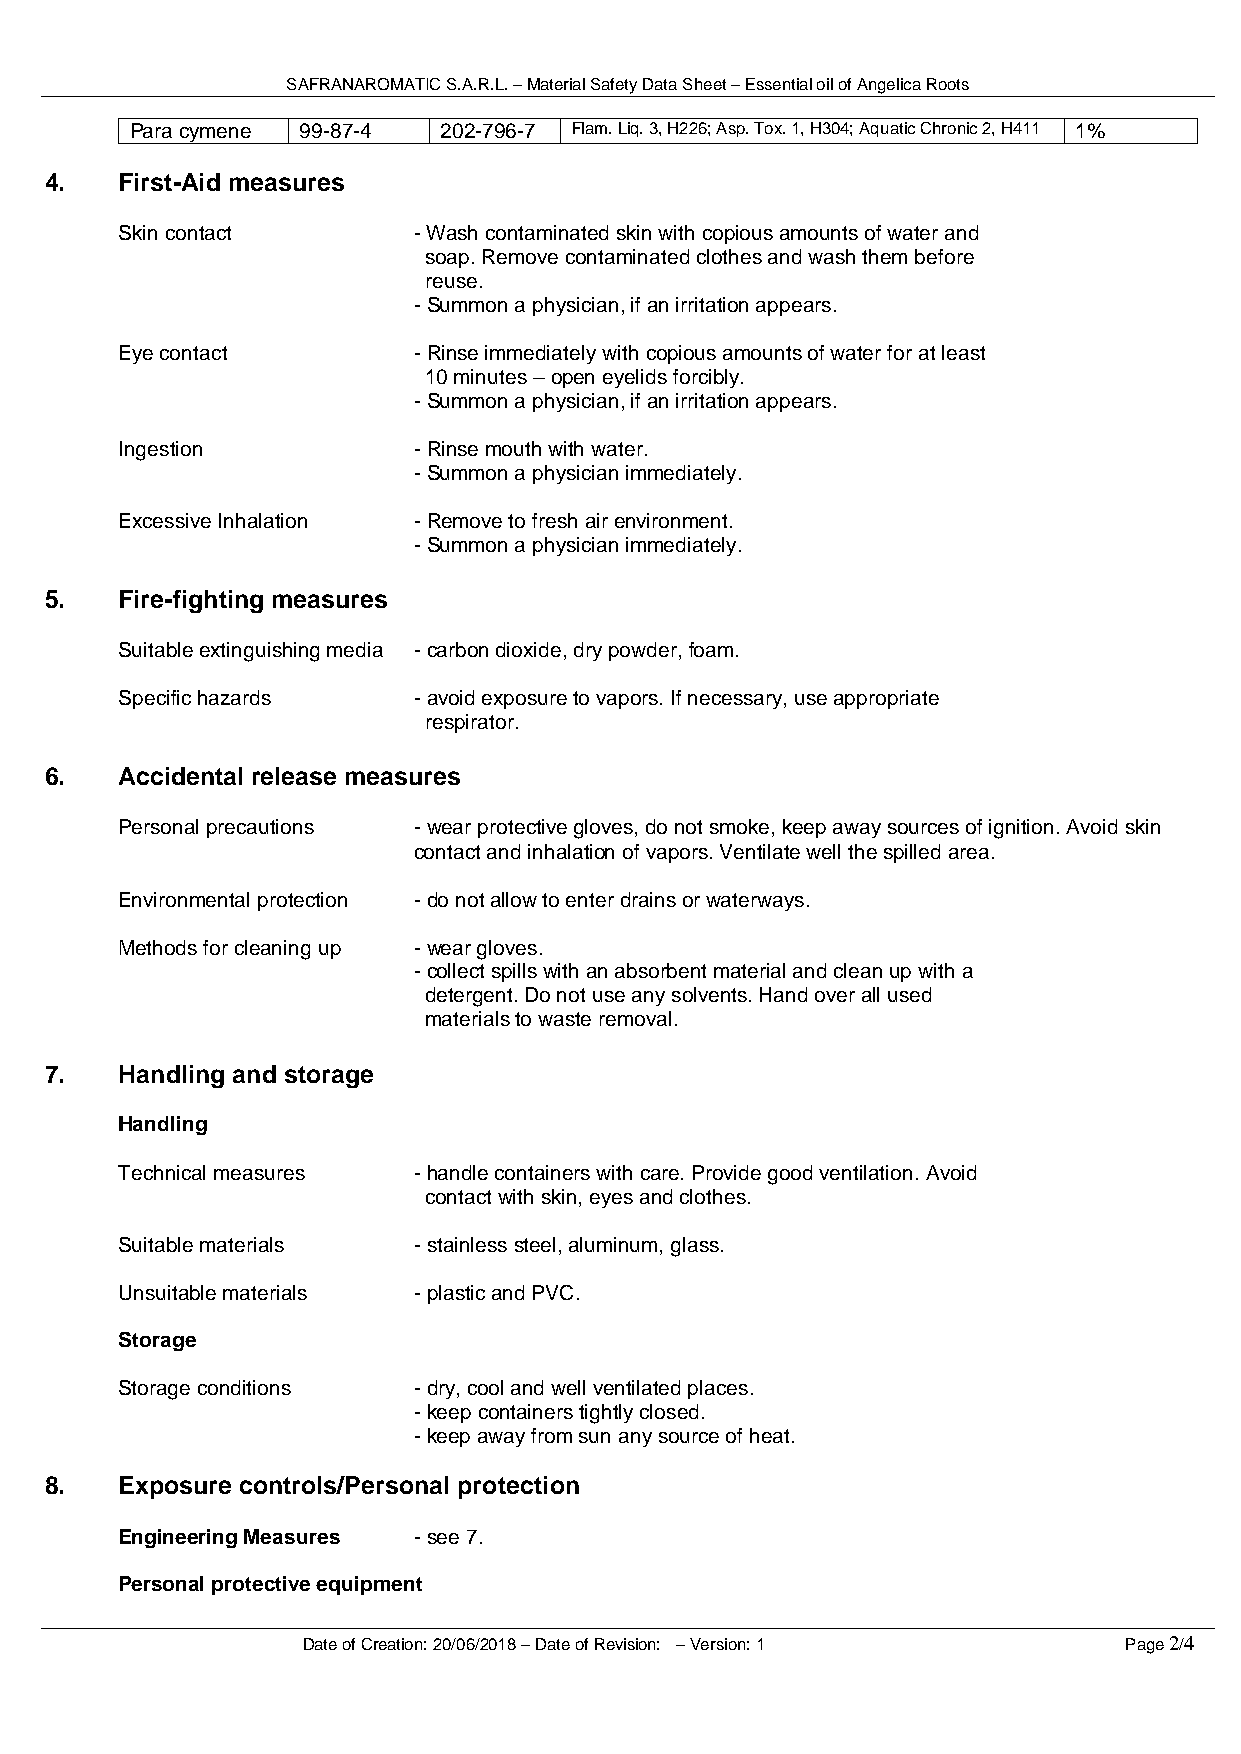
SAFRANAROMATIC S.A.R.L. – Material Safety Data Sheet – Essential oil of Angelica Roots
 Para cymene 99-87-4 202-796-7 Flam. Liq. 3, H226; Asp. Tox. 1, H304; Aquatic Chronic 2, H411 1%
 4.   First-Aid measures
 Skin contact       - Wash contaminated skin with copious amounts of water and
 soap. Remove contaminated clothes and wash them before
 reuse.
 - Summon a physician, if an irritation appears.
 Eye contact        - Rinse immediately with copious amounts of water for at least
 10 minutes – open eyelids forcibly.
 - Summon a physician, if an irritation appears.
 Ingestion          - Rinse mouth with water.
 - Summon a physician immediately.
 Excessive Inhalation - Remove to fresh air environment.
 - Summon a physician immediately.
 5.   Fire-fighting measures
 Suitable extinguishing media - carbon dioxide, dry powder, foam.
 Specific hazards   - avoid exposure to vapors. If necessary, use appropriate
 respirator.
 6.   Accidental release measures
 Personal precautions - wear protective gloves, do not smoke, keep away sources of ignition. Avoid skin
 contact and inhalation of vapors. Ventilate well the spilled area.
 Environmental protection - do not allow to enter drains or waterways.
 Methods for cleaning up - wear gloves.
 - collect spills with an absorbent material and clean up with a
 detergent. Do not use any solvents. Hand over all used
 materials to waste removal.
 7.   Handling and storage
 Handling
 Technical measures - handle containers with care. Provide good ventilation. Avoid
 contact with skin, eyes and clothes.
 Suitable materials - stainless steel, aluminum, glass.
 Unsuitable materials - plastic and PVC.
 Storage
 Storage conditions - dry, cool and well ventilated places.
 - keep containers tightly closed.
 - keep away from sun any source of heat.
 8.   Exposure controls/Personal protection
 Engineering Measures - see 7.
 Personal protective equipment
 Date of Creation: 20/06/2018 – Date of Revision: – Version: 1 Page 2/4